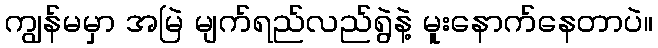
ကျွန်မမှာ အမြဲ မျက်ရည်လည်ရွဲနဲ့ မူးနောက်နေတာပဲ။